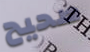
صحيح